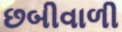
છબીવાળી